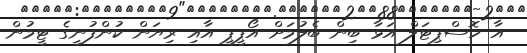
އާ ހޮސްޕިޓަލް އަޅާ ބިން ބެލުމަށް އޯޕީޕީ އާއި ރިޔަން ކުންފުނީގެ ޓީމުން